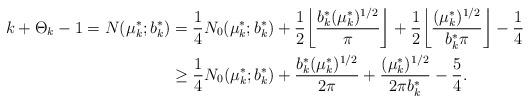
LaTeX: \begin{align*}k+\Theta_k-1= N(\mu_k^*;b_k^*)&=\frac14N_0(\mu_k^*;b_k^*)+\frac12\bigg\lfloor \frac{{b_k^*}(\mu_k^*)^{1/2}}{\pi}\bigg\rfloor+\frac12\bigg\lfloor \frac{(\mu_k^*)^{1/2}}{b_k^*\pi}\bigg\rfloor-\frac14 \\ &\ge\frac14N_0(\mu_k^*;b_k^*)+ \frac{b_k^*(\mu_k^*)^{1/2}}{2\pi}+ \frac{(\mu_k^*)^{1/2}}{2\pi b_k^*}-\frac54.\end{align*}